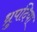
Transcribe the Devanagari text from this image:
ध्रुपदिया